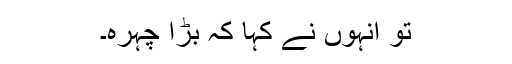
تو انہوں نے کہا کہ بڑا چہرہ۔